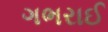
ગભરાઈ